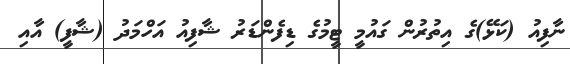
ނާފިއު (ކަޅޭ)ގެ އިތުރުން ގައުމީ ޓީމުގެ ޑިފެންޑަރު ޝާފިއު އަހްމަދު (ޝާފީ) އާއި